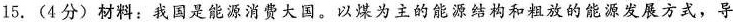
15.(4分)材料：我国是能源消费大国。以煤为主的能源结构和粗放的能源发展方式，导